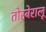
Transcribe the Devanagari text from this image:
तोरबेरालू